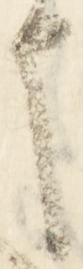
申